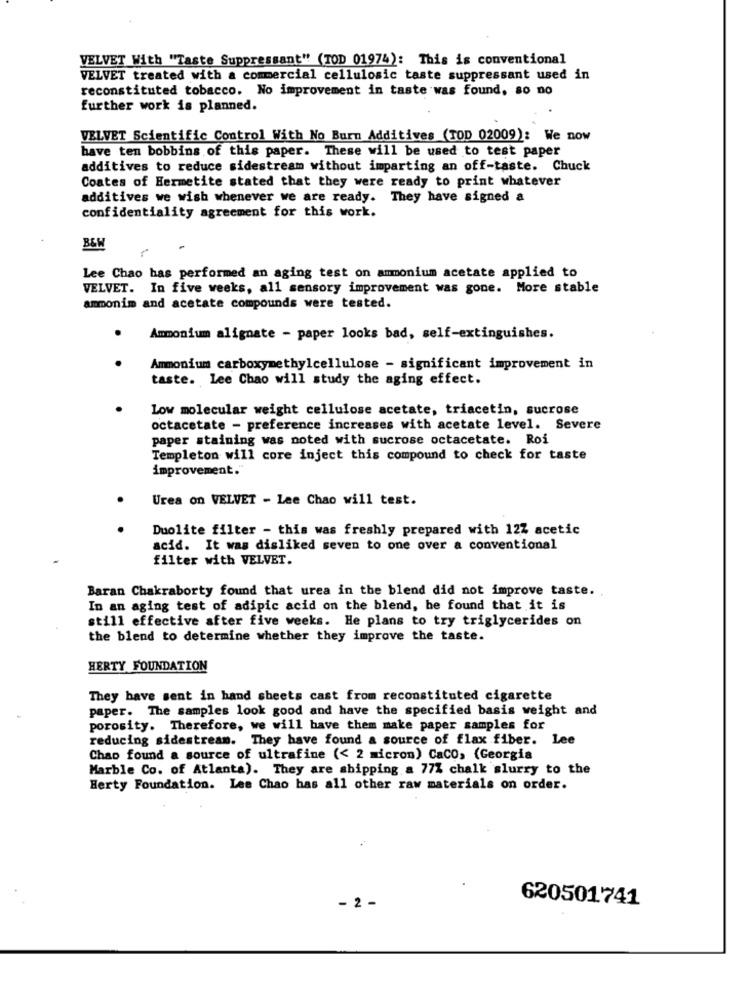
VELVET With "Taste Suppressant" (TOD 01974): This is conventional
VELVET treated with a commercial cellulosic taste suppressant used in
reconstituted tobacco. No improvement in taste was found, so no
further work is planned.
VELVET Scientific Control With No Burn Additives (TOD 02009): We now
have ten bobbins of this paper. These will be used to test paper
additives to reduce sidestream without imparting an off-taste. Chuck
Coates of Hermetite stated that they were ready to print whatever
additives we wish whenever we are ready. They have signed a
confidentiality agreement for this work.
BEM
Lee Chao has performed an aging test on ammonium acetate applied to
VELVET. In five weeks, all sensory improvement was gone. More stable
ammonim and acetate compounds were tested.
.
Ammonium alignate - paper looks bad, self-extinguishes.
.
Ammonium carboxymethylcellulose - significant improvement in
taste. Lee Chao will study the aging effect.
Low molecular weight cellulose acetate, triacetin, sucrose
octacetate - preference increases with acetate level. Severe
paper staining was noted with sucrose octacetate. Roi
Templeton will core inject this compound to check for taste
improvement."
Urea on VELVET - Lee Chao will test.
Duolite filter - this was freshly prepared with 122 acetic
acid. It was disliked seven to one over a conventional
filter with VELVET.
Baran Chakraborty found that urea in the blend did not improve taste.
In an aging test of adipic acid on the blend, be found that it is
still effective after five weeks. He plans to try triglycerides on
the blend to determine whether they improve the taste.
HERTY FOUNDATION
They have sent in hand sheets cast from reconstituted cigarette
paper. The samples look good and have the specified basis weight and
porosity. Therefore, we will have them make paper samples for
reducing sidestream. They have found a source of flax fiber. Lee
Chap found a source of ultrafine (< 2 micron) CaCO, (Georgia
Marble Co. of Atlanta). They are shipping a 77% chalk slurry to the
Herty Foundation. Lee Chao has all other raw materials on order.
620501741
- 2 -